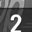
Digit: 2